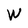
Character: W